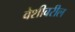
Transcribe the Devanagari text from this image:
वेशीवरील